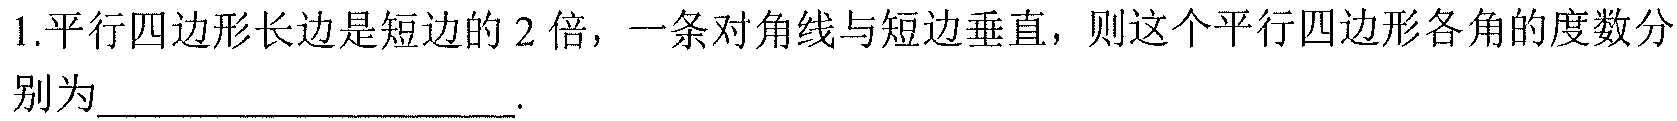
1.平行四边形长边是短边的2倍，一条对角线与短边垂直，则这个平行四边形各角的度数分别为___.